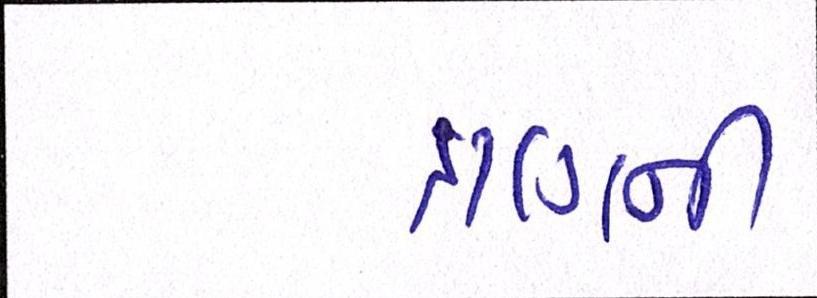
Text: ત્રણની